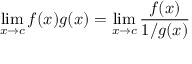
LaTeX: \operatorname* { l i m } _ { x \to c } f ( x ) g ( x ) = \operatorname* { l i m } _ { x \to c } { \frac { f ( x ) } { 1 / g ( x ) } }